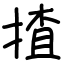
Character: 揸